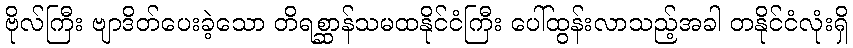
ဗိုလ်ကြီး ဗျာဒိတ်ပေးခဲ့သော တိရစ္ဆာန်သမထနိုင်ငံကြီး ပေါ်ထွန်းလာသည့်အခါ တနိုင်ငံလုံးရှိ